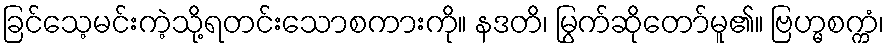
ခြင်သေ့မင်းကဲ့သို့ရတင်းသောစကားကို။ နဒတိ၊ မြွက်ဆိုတော်မူ၏။ ဗြဟ္မစက္ကံ၊